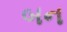
બન